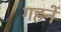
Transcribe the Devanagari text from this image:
गहनें